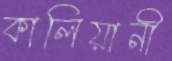
কালিয়ানী